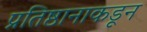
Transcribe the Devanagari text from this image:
प्रतिष्ठानाकडून